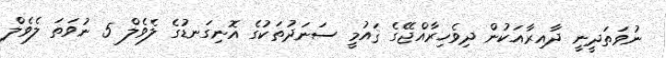
ނުވަތަދީނީ ދާއިރާއަކުން ދިވެހިރާއްޖޭގެ ޤައުމީ ސަނަދުތަކުގެ އޮނިގަނޑުގެ ލެވެލް 5 ނުވަތަ ލެވެލް